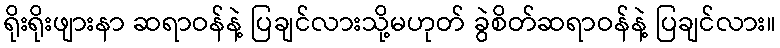
ရိုးရိုးဖျားနာ ဆရာဝန်နဲ့ ပြချင်လားသို့မဟုတ် ခွဲစိတ်ဆရာဝန်နဲ့ ပြချင်လား။